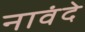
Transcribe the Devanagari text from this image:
नावंदे